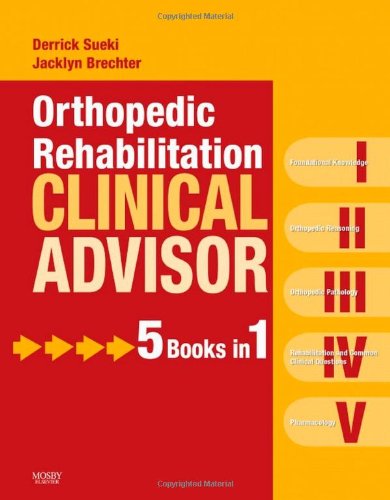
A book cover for Orthopedic Rehabilitation Clinical Advisor, 1e; Derrick Sueki PT  DPT  GCPT  OCS; Medical Books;